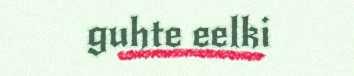
guhte eelki